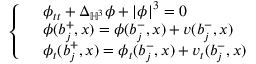
\left\{ \begin{array} { r l } & { \phi _ { t t } + \Delta _ { \mathbb { H } ^ { 3 } } \phi + | \phi | ^ { 3 } = 0 } \\ & { \phi ( b _ { j } ^ { + } , x ) = \phi ( b _ { j } ^ { - } , x ) + v ( b _ { j } ^ { - } , x ) } \\ & { \phi _ { t } ( b _ { j } ^ { + } , x ) = \phi _ { t } ( b _ { j } ^ { - } , x ) + v _ { t } ( b _ { j } ^ { - } , x ) } \end{array} \right.